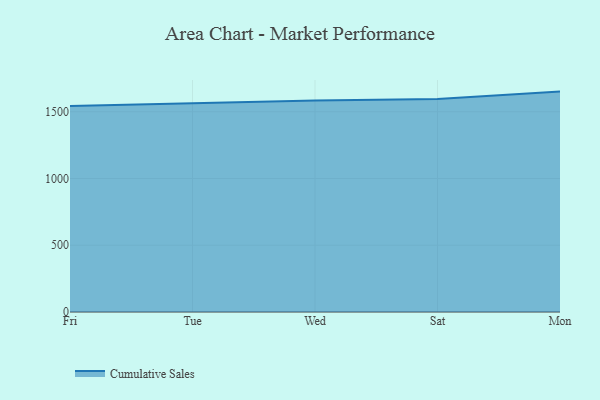
{"axis": {"x": "Day", "y": "Bounce Rate (%)"}, "legend": ["Cumulative Sales"], "data": [{"x": "Fri", "y": 1543.1, "type": "Cumulative Sales"}, {"x": "Tue", "y": 1562.8, "type": "Cumulative Sales"}, {"x": "Wed", "y": 1584.0, "type": "Cumulative Sales"}, {"x": "Sat", "y": 1594.9, "type": "Cumulative Sales"}, {"x": "Mon", "y": 1650.7, "type": "Cumulative Sales"}]}